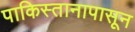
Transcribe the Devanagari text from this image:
पाकिस्तानापासून